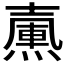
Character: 𡕀